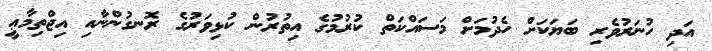
އަދި ހުނަރުވެރި ބަޔަކަށް ހެދުމަށް މަސައްކަތް ކުރުމުގެ އިތުރުން ކުޅިވަރުގެ ރޮނގުންނާއި އިޖްތިމާޢީ